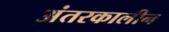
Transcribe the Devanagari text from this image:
अंतरकालीन